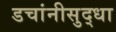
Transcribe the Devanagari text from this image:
डचांनीसुद्धा